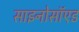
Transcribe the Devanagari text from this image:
साइनोसॉएड